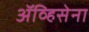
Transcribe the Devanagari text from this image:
ॲव्हिसेना